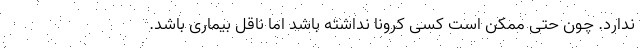
ندارد. چون حتی ممکن است کسی کرونا نداشته باشد اما ناقل بیماری باشد.